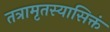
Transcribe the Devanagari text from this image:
तत्रामृतस्यासिक्तं